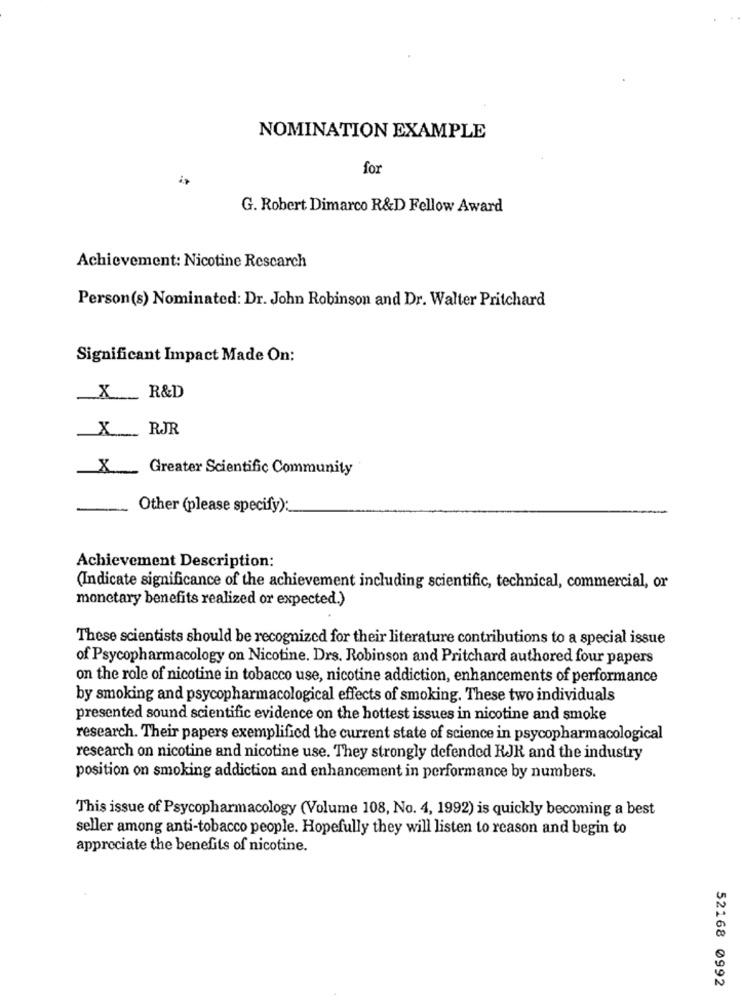
NOMINATION EXAMPLE
for
G. Robert Dimarco R&D Fellow Award
Achievement: Nicotine Rescarch
Person(s) Nominated: Dr. John Robinson and Dr. Walter Pritchard
Significant Impact Made On:
R&D
X
RJR
X
X
Greater Scientific Community
Other (please specify):
Achievement Description:
(Indicate significance of the achievement including scientific, technical, commercial, or
monetary benefits realized or expected.)
These scientists should be recognized for their literature contributions to a special issue
of Psycopharmacology on Nicotine. Drs. Robinson and Pritchard authored four papers
on the role of nicotine in tobacco use, nicotine addiction, enhancements of performance
by smoking and psycopharmacological effects of smoking. These two individuals
presented sound scientific evidence on the hottest issues in nicotine and smoke
research. Their papers exemplifica the current state of science in psycopharmacological
research on nicotine and nicotine use. They strongly defended RJK and the industry
position on smoking addiction and enhancement in performance by numbers.
This issue of Psycopharmacology (Volume 108, No. 4, 1992) is quickly becoming a best
seller among anti-tobacco people. Hopefully they will listen to reason and begin to
appreciate the benefits of nicotine.
52168 0992